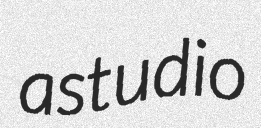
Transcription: a studio